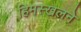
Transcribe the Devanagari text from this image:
हिमस्खलने